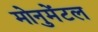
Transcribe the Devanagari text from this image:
मोनुमेंटल